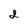
Character: 2